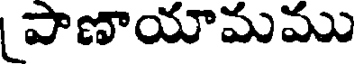
పాణాయామము